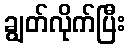
ချွတ်လိုက်ပြီး